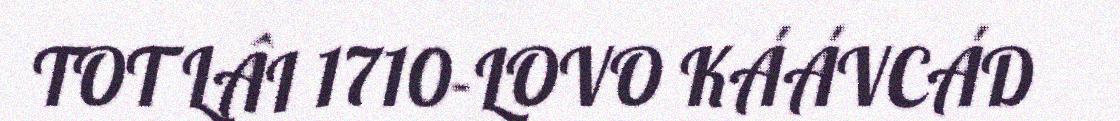
TOT LÂI 1710-LOVO KÁÁVCÁD